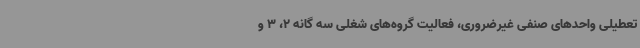
تعطیلی واحدهای صنفی غیرضروری، فعالیت گروه‌های شغلی سه گانه 2، 3 و